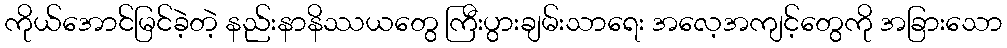
ကိုယ်အောင်မြင်ခဲ့တဲ့ နည်းနာနိဿယတွေ ကြီးပွားချမ်းသာရေး အလေ့အကျင့်တွေကို အခြားသော